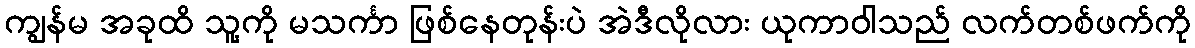
ကျွန်မ အခုထိ သူ့ကို မသင်္ကာ ဖြစ်နေတုန်းပဲ အဲဒီလိုလား ယုကာဝါသည် လက်တစ်ဖက်ကို